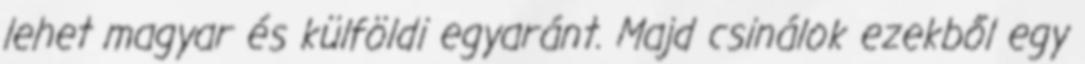
lehet magyar és külföldi egyaránt. Majd csinálok ezekből egy